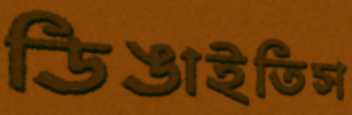
ডিঙাইতিস